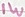
Text: 1W